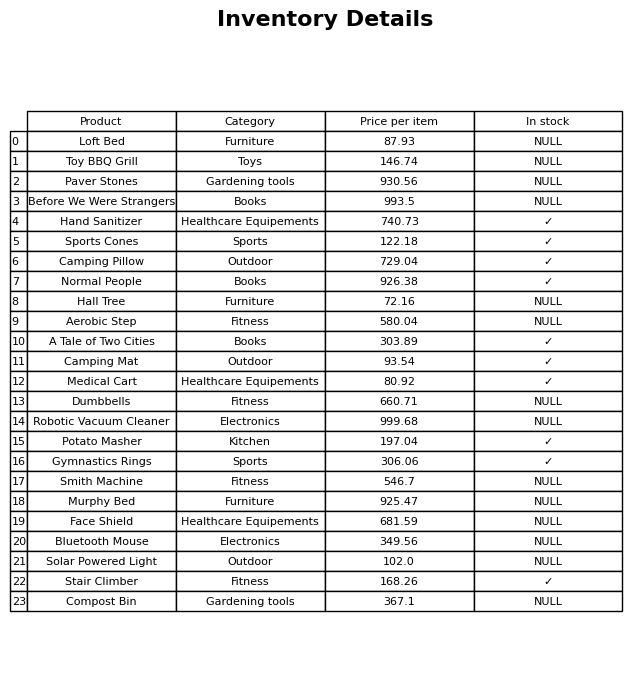
question: Which products are available in stock?
answer: Hand Sanitizer, Sports Cones, Camping Pillow, Normal People, A Tale of Two Cities, Camping Mat, Medical Cart, Potato Masher, Gymnastics Rings, Stair Climber